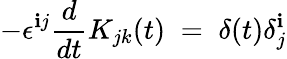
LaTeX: -\epsilon^{\mathbf{i}j}\frac{{d}}{{dt}}K_{jk}(t)\; =\; \delta(t)\delta_{j}^{\mathbf{i}}